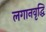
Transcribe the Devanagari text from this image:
लगानवृद्धि